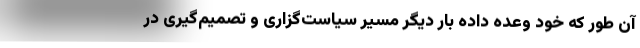
آن طور که خود وعده داده بار دیگر مسیر سیاست‌گزاری و تصمیم‌گیری در